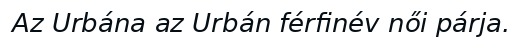
Az Urbána az Urbán férfinév női párja.